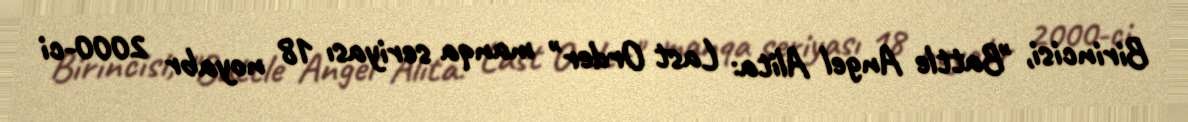
Birincisi, "Battle Angel Alita: Last Order" manqa seriyası 18 noyabr 2000-ci